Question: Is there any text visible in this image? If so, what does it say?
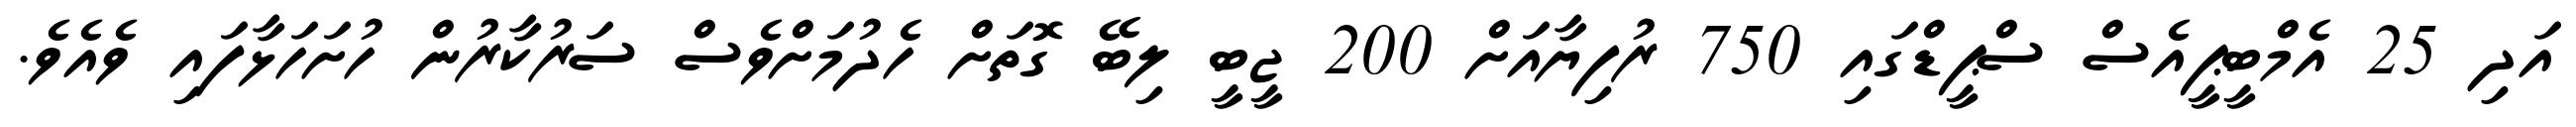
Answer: އަދި 25 އެމްބީޕީއެސް ސްޕީޑްގައި 750 ރުފިޔާއަށް 200 ޖީބީ ލިބޭ ގޮތަށް ހެދުމަށްވެސް ސަރުކާރުން ހުށަހަޅާފައި ވެއެވެ.